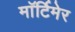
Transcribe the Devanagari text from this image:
माॅर्टिमेर